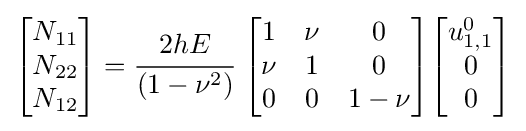
{\begin{bmatrix}N_{11}\\N_{22}\\N_{12}\end{bmatrix}}={\cfrac {2hE}{(1-\nu ^{2})}}~{\begin{bmatrix}1&\nu &0\\\nu &1&0\\0&0&1-\nu \end{bmatrix}}{\begin{bmatrix}u_{1,1}^{0}\\0\\0\end{bmatrix}}